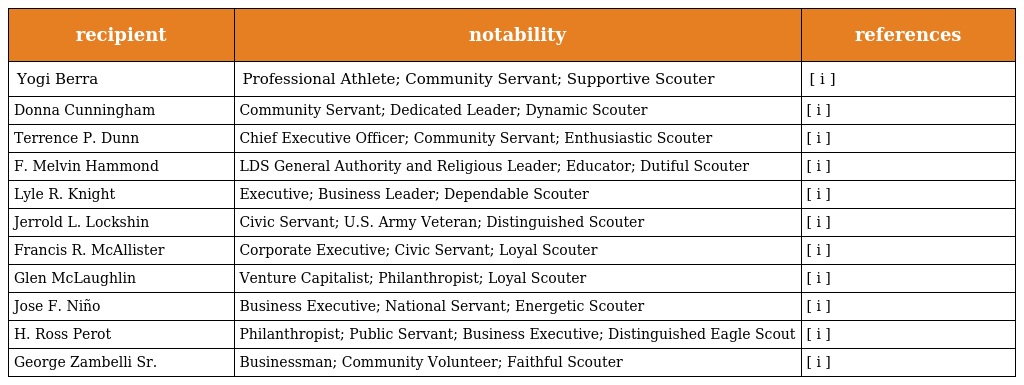
| recipient | notability | references |
 | --- | --- | --- |
 | Yogi Berra | Professional Athlete; Community Servant; Supportive Scouter | [ i ] |
 | Donna Cunningham | Community Servant; Dedicated Leader; Dynamic Scouter | [ i ] |
 | Terrence P. Dunn | Chief Executive Officer; Community Servant; Enthusiastic Scouter | [ i ] |
 | F. Melvin Hammond | LDS General Authority and Religious Leader; Educator; Dutiful Scouter | [ i ] |
 | Lyle R. Knight | Executive; Business Leader; Dependable Scouter | [ i ] |
 | Jerrold L. Lockshin | Civic Servant; U.S. Army Veteran; Distinguished Scouter | [ i ] |
 | Francis R. McAllister | Corporate Executive; Civic Servant; Loyal Scouter | [ i ] |
 | Glen McLaughlin | Venture Capitalist; Philanthropist; Loyal Scouter | [ i ] |
 | Jose F. Niño | Business Executive; National Servant; Energetic Scouter | [ i ] |
 | H. Ross Perot | Philanthropist; Public Servant; Business Executive; Distinguished Eagle Scout | [ i ] |
 | George Zambelli Sr. | Businessman; Community Volunteer; Faithful Scouter | [ i ] |